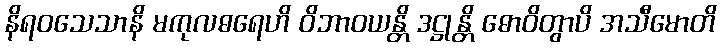
နိရဝသေသာနိ မကုလဓရေဟိ ဝိဘာဝယန္တိ ဒဋ္ဌုန္တိ ဓောဝိတွာပိ အသီမောတိ